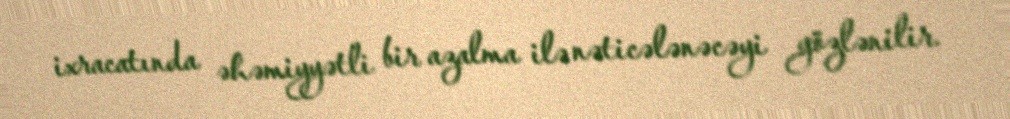
ixracatında əhəmiyyətli bir azalma ilə nəticələnəcəyi gözlənilir.